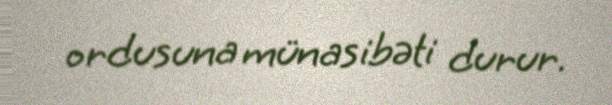
ordusuna münasibəti durur.